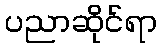
ပညာဆိုင်ရာ